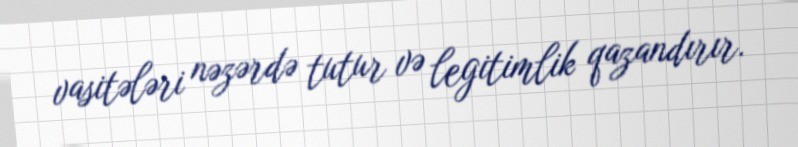
vasitələri nəzərdə tutur və legitimlik qazandırır.